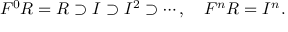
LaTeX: F ^ { 0 } R = R \supset I \supset I ^ { 2 } \supset \cdots , \quad F ^ { n } R = I ^ { n } .